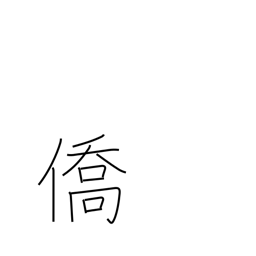
Meaning: expatriate